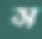
স